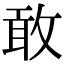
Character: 敢